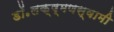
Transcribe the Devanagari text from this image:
डॉ॰लक्ष्मणस्वामी